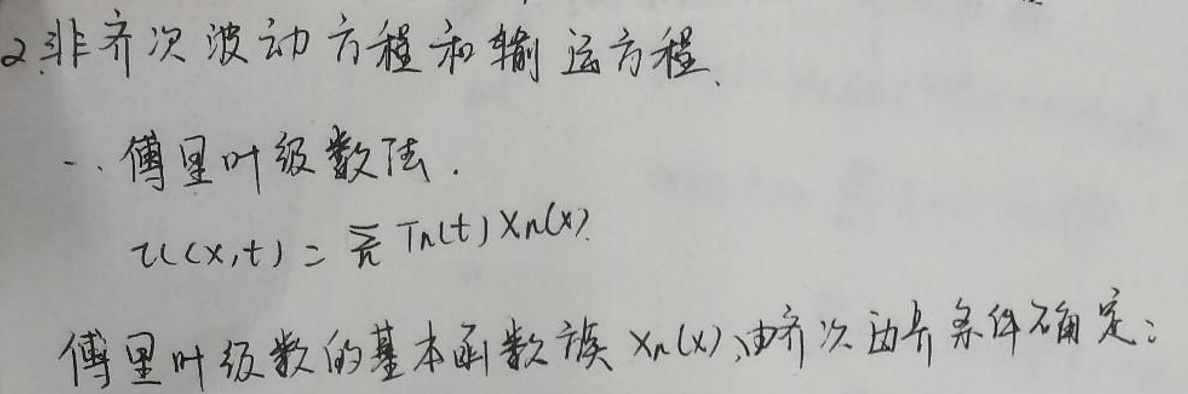
2.非齐次波动方程和输运方程

一、傅里叶级数解：

\[u(x,t)=\sum_{n}T_{n}(t)X_{n}(x)\]

傅里叶级数的基本函数族 \(X_{n}(x)\) 由齐次方程条件确定。